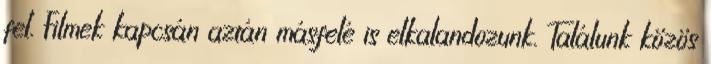
fel. Filmek kapcsán aztán másfelé is elkalandozunk. Találunk közös